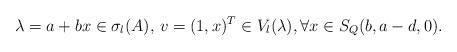
LaTeX: \begin{align*}\lambda=a+bx\in \sigma_l(A),\, v=(1,x)^T\in V_l(\lambda),\forall x\in S_Q(b,a-d,0).\end{align*}